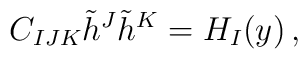
C_{IJK}\tilde h^J \tilde h^K  = H_I(y)   \,,